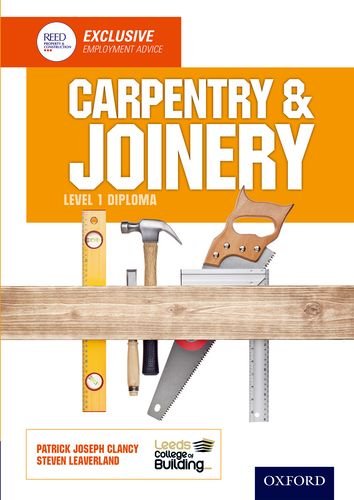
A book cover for Carpentry & Joinery Level 1 Diploma; Leeds College of Building; Teen & Young Adult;